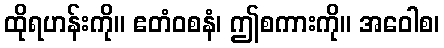
ထိုရဟန်းကို။ ဧတံဝစနံ၊ ဤစကားကို။ အဝေါစ၊